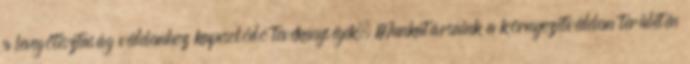
a levegőtisztaság védelemhez kapcsolódó tevékenységek. Munkatársaink a környezetvédelem területén